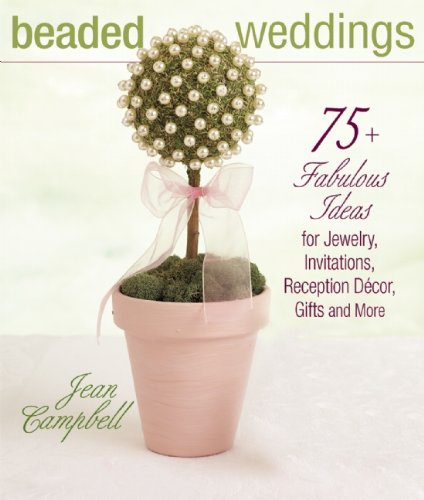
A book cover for Beaded Weddings; Jean Campbell; Crafts, Hobbies & Home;